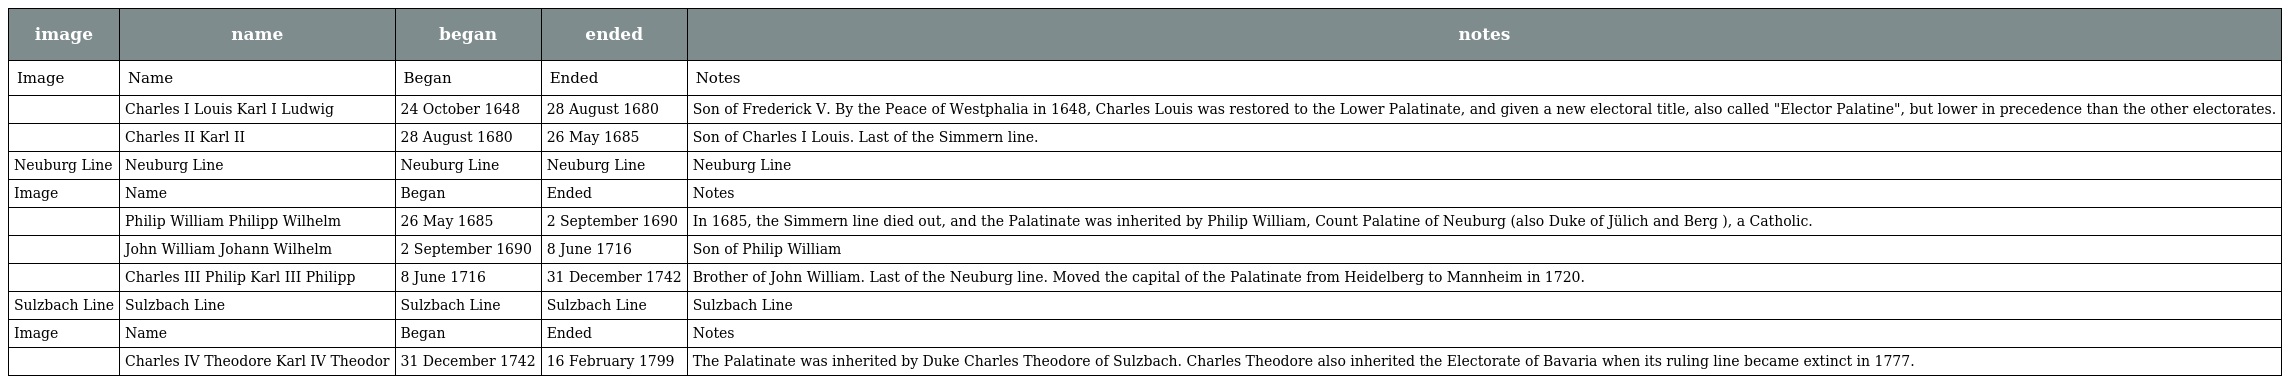
| image | name | began | ended | notes |
 | --- | --- | --- | --- | --- |
 | Image | Name | Began | Ended | Notes |
 |  | Charles I Louis Karl I Ludwig | 24 October 1648 | 28 August 1680 | Son of Frederick V. By the Peace of Westphalia in 1648, Charles Louis was restored to the Lower Palatinate, and given a new electoral title, also called "Elector Palatine", but lower in precedence than the other electorates. |
 |  | Charles II Karl II | 28 August 1680 | 26 May 1685 | Son of Charles I Louis. Last of the Simmern line. |
 | Neuburg Line | Neuburg Line | Neuburg Line | Neuburg Line | Neuburg Line |
 | Image | Name | Began | Ended | Notes |
 |  | Philip William Philipp Wilhelm | 26 May 1685 | 2 September 1690 | In 1685, the Simmern line died out, and the Palatinate was inherited by Philip William, Count Palatine of Neuburg (also Duke of Jülich and Berg ), a Catholic. |
 |  | John William Johann Wilhelm | 2 September 1690 | 8 June 1716 | Son of Philip William |
 |  | Charles III Philip Karl III Philipp | 8 June 1716 | 31 December 1742 | Brother of John William. Last of the Neuburg line. Moved the capital of the Palatinate from Heidelberg to Mannheim in 1720. |
 | Sulzbach Line | Sulzbach Line | Sulzbach Line | Sulzbach Line | Sulzbach Line |
 | Image | Name | Began | Ended | Notes |
 |  | Charles IV Theodore Karl IV Theodor | 31 December 1742 | 16 February 1799 | The Palatinate was inherited by Duke Charles Theodore of Sulzbach. Charles Theodore also inherited the Electorate of Bavaria when its ruling line became extinct in 1777. |